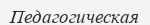
Педагогическая